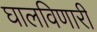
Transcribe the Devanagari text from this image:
घालविणारी